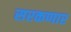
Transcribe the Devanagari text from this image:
सरकणार